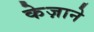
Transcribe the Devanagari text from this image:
केज़ाने